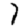
Digit: 7